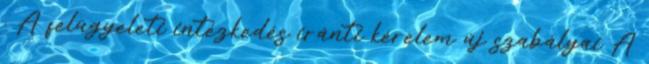
. A felügyeleti intézkedés iránti kérelem új szabályai A